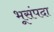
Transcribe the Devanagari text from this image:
भूसंपदा